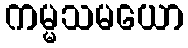
ကမ္မသမယော